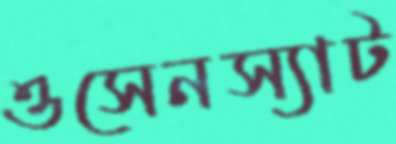
ওসেনস্যাট